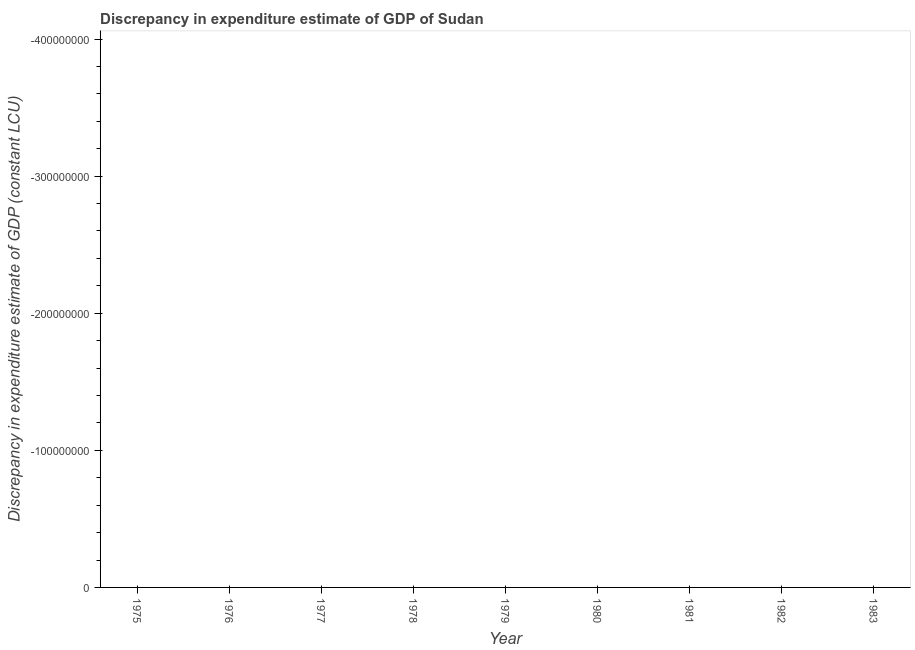
| Year | Discrepancy constant LCU |
 | --- | --- |
 | 1975 | -4.3e+08 |
 | 1976 | -5.83e+08 |
 | 1977 | -8.4e+08 |
 | 1978 | -8.65e+08 |
 | 1979 | -7.72e+08 |
 | 1980 | -7.44e+08 |
 | 1981 | -6.73e+08 |
 | 1982 | -9e+08 |
 | 1983 | -8.81e+08 |